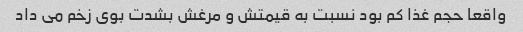
واقعا حجم غذا کم بود نسبت به قیمتش و مرغش بشدت بوى زخم مى داد